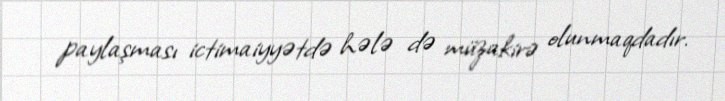
paylaşması ictimaiyyətdə hələ də müzakirə olunmaqdadır.